Annual report of lunatic asylums [Bombay] - 1912-1922
Year: 1912
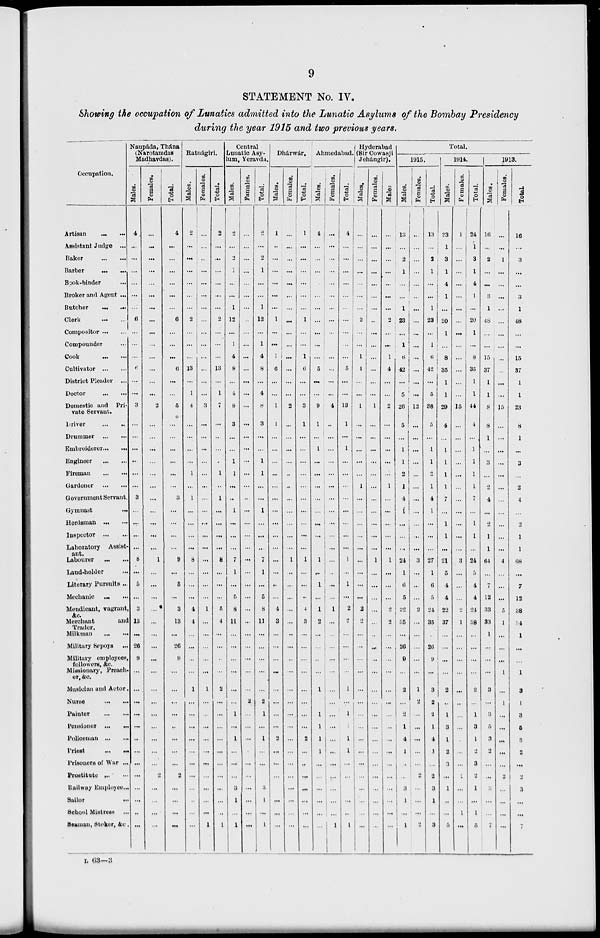
9
STATEMENT No. IV.
Showing the occupation of Lunatics admitted into the Lunatic Asylums of the Bombay Presidency
during the year 1915 and two previous years.
Occupation.
Artisan ... ...
Assistant Judge
...
Baker
...
...
Barber
...
...
Book-binder ...
Broker and Agent ...
Butcher ... ...
Clerk
...
...
Compositor
...
...
Compounder ... ...
Cook
...
...
Cultivator
...
...
District Pleader
...
Doctor
...
...
Domestic and
Pri-
vate Servant.
Driver ... ...
Drummer
...
...
Embroiderer ... ...
Engineer
...
...
Fireman
...
...
Gardener
...
...
Government Servant.
Gymnast ...
Herdsman
...
...
Inspector
...
...
Laboratory
Assist-
ant.
Labourer
...
...
Land-holder ...
Literary Pursuits ...
Mechanic
...
...
Mendicant, vagrant,
&c.
Merchant
and
Trader.
Milkman ... ...
Military Sepoys ...
Military employees,
followers, &c.
Missionary, Preach-
er, &c.
Musician and Actor.
Nurse ... ...
Painter
...
...
Pensioner
...
...
Policeman
...
...
Priest
...
...
Prisoners of War ...
Prostitute ... ...
Railway Employee ...
Sailor ... ...
School Mistress ...
Seaman, Stoker, &c .
Naupáda, Thána
(Narotatndas
Madhavdas).
Males.
4
...
...
...
...
...
...
6
...
...
...
6
...
...
3
...
...
...
...
...
...
3
...
...
...
...
8
...
5
...
3
13
...
26
9
...
...
. ..
...
...
...
...
...
...
...
...
...
...
Females.
...
...
. ..
...
...
...
...
...
...
...
...
...
...
...
2
...
...
...
...
...
...
...
...
...
...
...
1
...
...
...
...
...
...
...
...
...
...
...
...
...
...
...
...
2
...
...
...
...
Total.
4
...
...
...
...
...
...
6
...
...
6
...
...
5
...
...
...
...
...
...
3
...
...
...
...
9
...
5
...
3
13
...
26
9
...
...
...
...
. .
...
...
...
2
...
...
...
...
Ratnágiri.
Males.
2
...
...
...
...
...
...
2
...
...
13
...
1
4
...
...
...
...
1
...
1
...
...
...
...
8
...
...
...
4
4
...
...
...
...
1
...
...
...
...
...
...
...
...
...
...
...
Females.
...
...
...
...
...
...
...
...
...
...
...
...
...
...
3
...
...
...
...
...
...
...
...
...
...
...
...
...
...
...
1
...
...
...
...
...
1
...
...
...
...
...
...
...
...
...
...
1
Total.
2
...
...
...
...
...
...
2
...
...
...
13
...
1
7
...
...
...
...
1
..
1
...
...
...
...
8
...
...
...
5
4
...
...
...
...
2
...
...
...
...
...
...
...
...
...
...
1
Central
Lunatic Asy-
lum, Yeravda.
Males.
2
...
2
1
...
...
1
12
...
1
4
8
...
4
8
3
...
1
1
...
..
1
...
...
...
7
1
...
5
8
11
...
...
...
...
...
...
1
...
1
...
...
...
3
1
...
1
Females.
...
...
...
...
...
...
...
...
...
...
...
...
...
...
...
...
...
...
...
...
...
..
...
...
...
...
...
...
...
...
...
...
...
...
...
...
...
2
...
...
...
...
...
...
...
...
...
...
Total.
2
...
2
1
...
...
1
12
...
1
4
8
...
4
8
3
...
...
1
1
...
...
1
...
...
...
7
1
...
5
8
11
...
...
...
...
...
2
1
...
1
...
...
...
3
1
...
1
Dhárwár.
Males.
1
...
...
...
...
...
...
1
...
...
1
6
...
...
1
1
...
...
...
...
...
...
...
...
...
...
...
...
..
...
4
3
...
...
...
...
...
...
...
...
2
...
...
...
...
...
...
...
Females.
...
...
...
...
...
...
...
...
...
...
...
...
...
...
2
...
...
...
...
...
...
...
...
...
...
...
1
...
...
...
...
...
...
...
...
. ..
...
...
...
...
...
...
...
...
...
...
...
...
Total.
1
...
...
...
...
...
...
1
...
...
1
6
...
...
3
1
...
...
...
...
...
...
...
...
...
...
1
...
...
...
4
3
...
...
...
...
...
...
...
...
2
...
..
...
...
...
...
...
Ahmedabad.
Males.
4
... .
...
...
...
...
...
...
...
...
...
5
...
...
9
1
...
1
...
...
...
...
...
...
...
...
1
...
1
...
1
2
...
...
...
...
1
...
1
1
1
1
...
...
...
...
...
...
Females.
...
...
...
...
...
...
...
...
...
...
...
...
...
...
4
...
...
...
...
...
...
...
...
...
...
...
...
...
...
...
1
...
...
...
...
...
...
...
...
...
...
...
...
...
...
...
...
1
Total.
4
...
...
...
...
...
...
...
...
...
...
5
...
...
13
1
...
1
...
...
...
...
...
...
...
...
1
...
1
...
2
2
...
...
...
1
...
1
1
1
1
...
...
1
...
..
1
Hyderabad
(Sir Cowasji
Jehángir).
Males.
...
...
...
...
...
...
...
2
...
...
1
4
...
...
1
...
...
...
...
...
1
...
...
...
...
...
...
...
...
...
2
2
...
...
...
...
...
...
...
...
...
...
...
...
...
...
...
...
Females.
...
...
...
...
...
...
...
...
...
...
...
...
...
...
1
...
...
...
...
...
...
...
...
...
...
...
1
...
...
...
...
...
...
...
...
...
...
...
...
...
...
...
...
...
...
...
...
...
Males
...
...
...
...
...
...
...
2
...
...
1
4
...
...
2
...
...
...
...
...
1
...
...
...
...
1
. ..
...
...
2
2
...
...
...
...
...
...
...
...
...
...
...
...
...
...
...
...
Total.
1915.
Males.
13
...
2
1
...
...
1
23
...
1
6
42
...
5
26
5
...
1
1
2
1
4
1
...
...
...
24
1
6
5
22
35
...
26
9
...
2
...
2
1
4
1
...
...
3
1
...
1
Females.
...
...
...
...
...
...
...
...
...
...
...
...
...
. ..
12
...
...
...
...
...
...
...
...
...
...
...
3
...
...
...
2
...
...
...
...
...
1
2
...
...
...
...
...
2
...
...
...
2
Total.
13
...
2
1
...
...
1
23
...
1
6
42
...
5
38
5
...
1
1
2
1
4
1
...
...
...
27
1
6
5
24
35
26
9
...
3
2
2
1
4
1
...
2
3
1
...
3
1914.
Males.
23
1
3
1
4
1
...
20
1
...
8
35
1
1
29
4
...
1
1
1
1
7
...
1
1
...
21
5
4
4
22
37
...
...
...
...
2
..
1
3
1
2
3
...
1
...
...
5
Females.
1
...
...
...
...
...
...
...
...
...
...
...
...
...
15
...
...
...
...
...
...
...
...
...
...
...
3
...
...
...
2
1
...
...
...
...
...
...
...
...
...
...
...
2
...
...
1
...
Total.
24
1
3
1
4
1
...
20
1
...
8
35
1
1
44
4
...
1
1
1
1
7
...
1
1
...
24
5
4
4
24
38
...
...
...
...
2
...
1
3
1
2
3
2
1
...
1
5
1913.
Males.
16
...
2
...
. ..
3
1
48
...
...
15
37
1
1
8
8
1
...
3
...
2
4
...
2
1
1
64
...
7
12
33
33
1
...
...
...
3
...
3
5
3
2
...
...
3
...
...
7
Females.
...
...
1
...
...
...
...
...
...
...
...
...
...
...
15
...
...
...
...
...
...
...
...
...
...
...
4
...
...
...
5
1
...
...
...
1
...
1
...
...
...
...
...
2
...
...
...
...
Total
16
...
3
...
...
3
1
48
...
...
15
37
1
1
23
8
1
...
3
...
2
4
...
2
1
1
68
...
7
12
38
34
1
...
...
1
3
1
3
5
3
2
...
2
3
...
...
7
L 63—3